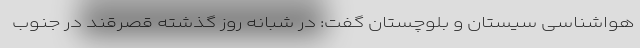
هواشناسی سیستان و بلوچستان گفت: در شبانه روز گذشته قصرقند در جنوب